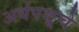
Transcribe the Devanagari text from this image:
अर्धपशूचे